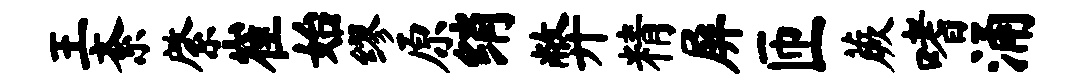
王紊綮崔始缪原绡弊精屏匝蕨嗜涌